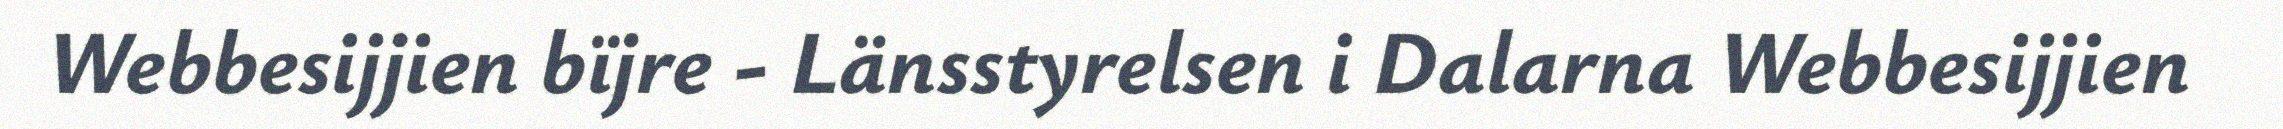
Webbesijjien bïjre - Länsstyrelsen i Dalarna Webbesijjien